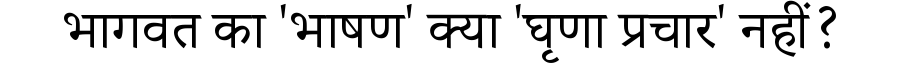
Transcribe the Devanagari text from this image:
भागवत का 'भाषण' क्या 'घृणा प्रचार' नहीं?